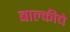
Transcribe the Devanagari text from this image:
बाल्कीचे